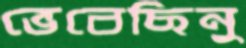
ভেবেছিনু